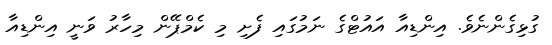
ގުޅިގެންނެވެ. އިންޑިއާ އައުޓްގެ ނަމުގައި ފެށި މި ކެމްޕޭން މިހާރު ވަނީ އިންޑިއާ